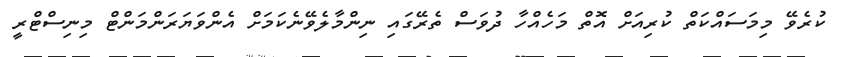
ކުރެވޭ މިމަސައްކަތް ކުރިއަށް އޮތް މަހެއްހާ ދުވަސް ތެރޭގައި ނިންމާލެވޭނެކަމަށް އެންވަޔަރަންމަންޓް މިނިސްޓްރީ